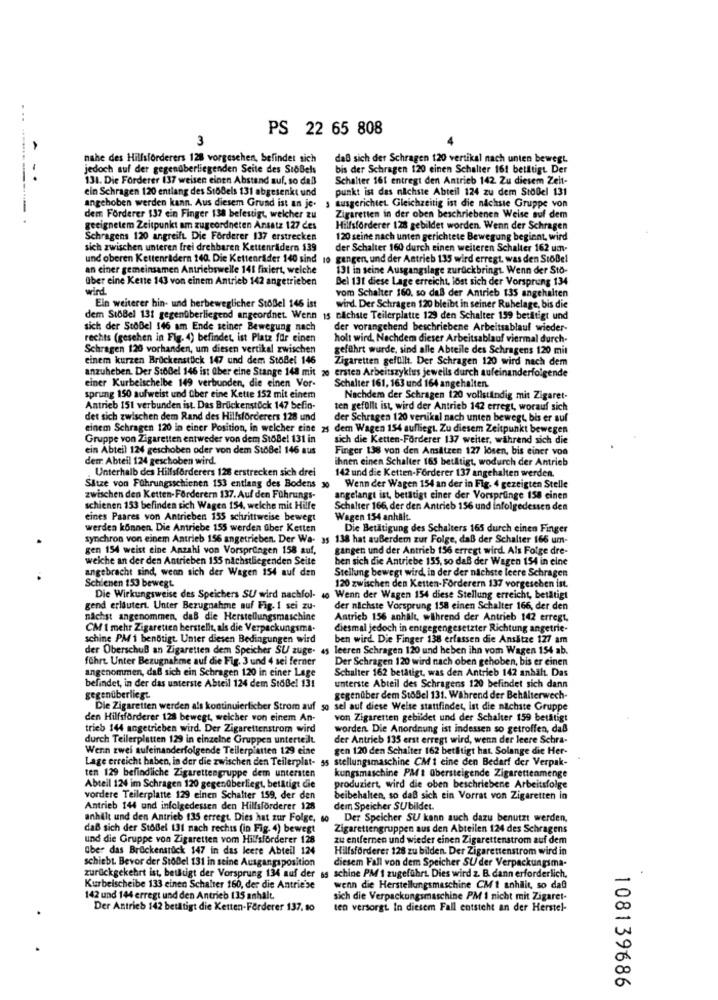
PS 22 65 808
3
nahe des Hilfsforderers 128 vorgesehen, befindet sich
daß sich der Schragen 120 vertikal nach unten bewegt.
jedoch auf der gegenüberliegenden Seite des SioBels
bis der Schragen 120 einen Schalter 161 betiltigt Der
-.
131. Die Forderer 137 weisen einen Abstand auf, so daß
Schalter 161 entregt den Antrieb 142 Zu diesem Zelt-
ein Schragen 120 entlang des StöBels 131 abgesenkt und
punkt ist das nächste Abteil 124 zu dem StöBel 131
angehoben werden kann. Aus diesem Grund ist an je.
ausgerichtet. Gleichzeitig ist die nächste Gruppe von
dem Forderer $37 ein Finger 138 befestigt, welcher zu
Zigaretten in der oben beschriebenen Weise auf dem
geeignetem Zeitpunkt am zugeordneten Ansatz 127 des
Hilfsforderer 128 gebildet worden. Wenn der Schragen
Schragens 120 angreift. Die Förderer 137 erstrecken
120 seine nach unten gerichtete Bewegung beginnt, wird
sich zwischen unteren frei drehbaren Kettenrädern $39
der Schalter 160 durch einen weiteren Schalter 162 um-
und oberen Kettenrädern 140. Die Kettenräder 140 sind 10 gangen, und der Antrieb 135 wird erregt, was den StoBel
an einer gemeinsamen Antriebswelle 141 fixiert, welche
131 in seine Ausgangslage zurückbringt. Wenn der Sto-
über eine Kette 143 von einem Antrieb 142 angetrieben
Bel 131 diese Lage erreicht, lost sich der Vorsprung 134
wird
vom Schalter 160, so daß der Antrieb 135 angehalten
Ein weiterer hin- und herbeweglicher Stoßel 146 ist
wird. Der Schragen 120 bleibt in seiner Ruhelage, bis die
dem StbBel 131 gegenüberliegend angeordnet. Wenn 15 cachste Teilerplatte 129 den Schalter 159 betätigt und
sich der StoBel 146 am Ende seiner Bewegung nach
der vorangehend beschriebene Arbeitsablauf wieder-
rechts (gesehen in Fig. 4) befindet, ist Platz für einen
holt wird, Nachdem dieser Arbeitsablauf viermal durch-
Schragen 120 vorhanden, um diesen vertikal zwischen
geführt wurde, sind alle Abteile des Schragens 120 mit
einem kurzen Brockensttick 147 und dem StoBel 146
Zigaretten gefüllt. Der Schragen 120 wird nach dem
anzuheben. Der StoBel 146 ist über eine Stange 148 mit 20 ersten Arbeitszyklus jeweils durch aufeinanderfolgende
einer Kurbelschelbe 149 verbunden, die einen Vor-
Schalter 161, 163 und 164 angehalten.
sprung 150 aufweist und über eine Kette 152 mit einem
Nachdem der Schragen 120 vollständig mit Zigaret-
Antrieb 151 verbunden ist. Das Brückenstock 147 befin-
ten gefüllt ist, wird der Antrieb 142 erregt, worauf sich
det sich zwischen dem Rand des Hillsforderers 128 und
der Schragen 120 vertikal nach unten bewegt, bis er auf
einem Schragen 120 in einer Position, in welcher eine 25
dem Wagen 154 aufliegt. Zu diesem Zeitpunkt bewegen
Gruppe von Zigaretten entweder von dem StöBel 131 in
sich die Ketten-Forderer 137 weiter, während sich die
ein Abteil 124 geschoben oder von dem StoBel 146 aus
Finger 138 von den Ansätzen 127 losen, bis einer von
dem Abteil 124 geschoben wird.
ihnen einen Schalter 165 betätigt, wodurch der Antrieb
Unterhalb des Hillsforderers 128 erstrecken sich drei
142 und die Ketten-Förderer 137 angehalten werden.
Sitze von Führungsschienen 153 entlang des Bodens 3o
Wenn der Wagen 154 an der in Fig. 4 gezeigten Stelle
zwischen den Ketten-Förderern 137. Auf den Führungs-
angelangt ist, betätigt einer der Vorsprunge 158 einen
schienen 153 befinden sich Wagen 154, welche mit Hilfe
Schalter 166, der den Antrieb 156 und infolgedessen den
eines Paares von Antrieben 155 schrittweise bewegt
Wagen 154 anhal.
werden können. Die Antriebe 155 werden über Ketten
Die Betätigung des Schalters 165 durch einen Finger
synchron von einem Antrieb 156 angetrieben. Der Wa- 35 138 hat außerdem zur Folge, daß der Schalter 166 um-
gen 154 weist eine Anzahl von Vorspringen 158 auf,
gangen und der Antrieb 156 erregt wird. Als Folge dre-
welche an der den Antrieben 155 nächstliegenden Seite
ben sich die Antriebe 155, so daß der Wagen 154 in eine
angebracht sind, wenn sich der Wagen 154 auf den
Stellung bewegt wird, in der der nächste leere Schragen
Schienen 153 bewegt.
120 zwischen den Ketten-Förderern 137 vorgesehen ist.
Die Wirkungsweise des Speichers SU wird nachfol- 4o Wenn der Wagen 154 diese Stellung erreicht, betätigt
gend erläutert. Unter Bezugnahme auf Fig. 1 sei zu-
der nächste Vorsprung 158 einen Schalter 166, der den
nächst angenommen, daß die Herstellungsmaschine
Antrich 156 anhillt, während der Antrieb 142 erregt,
CM I mehr Zigareuen herstellt, als die Verpackungsma-
diesmal jedoch in entgegengesetzter Richtung angetrie-
schine PM 1 benötigt. Unter diesen Bedingungen wird
ben wird. Die Finger 138 erfassen die Ansätze 127 am
der Oberschuß an Zigaretten dem Speicher SU zuge.
leeren Schragen 120 und heben ihn vom Wagen 154 ab.
führt. Unter Bezugnahme auf die Fig. 3 und 4 sei ferner
Der Schragen 120 wird nach oben gehoben, bis er einen
angenommen, daß sich ein Schragen 120 in einer Lage
Schalter 162 betätigt, was den Antrieb 142 anhält. Das
befindet, in der das unterste Abteil 124 dem Stoßel 131
unterste Abteil des Schragens 120 befindet sich dann
gegenüberliegt.
gegenüber dem StöBel 131. Während der Behälterwech-
Die Zigaretten werden als kontinuierlicher Strom auf
sel auf diese Weise stattfindet, ist die nächste Gruppe
den Hilfsförderer 128 bewegt, welcher von einem An-
von Zigaretten gebildet und der Schalter 159 betätigt
trieb 144 angetrieben wird. Der Zigarettenstrom wird
worden. Die Anordnung ist indessen so getroffen, daß
durch Teilerplatten 129 in einzelne Gruppen unterteilt.
der Antrieb 135 erst erregt wird, wenn der leere Schra-
Wenn zwei aufeinanderfolgende Teilerplatten 129 eine
gen 120 den Schalter 162 betätigt hat. Solange die Her-
Lage erreicht haben, in der die zwischen den Teilerplat- 55 stellungsmaschine CM 1 eine den Bedarf der Verpak-
ten 129 befindliche Zigarettengruppe dem untersten
kungsmaschine PM : übersteigende Zigarettenmenge
Abteil 124 im Schragen 120 gegenüberliegt, betätigt die
produziert, wird die oben beschriebene Arbeitsfolge
vordere Teilerplatte 129 einen Schalter 159, der den
beibehalten, so daß sich ein Vorrat von Zigaretten in
Antrieb 144 und infolgedessen den Hilfsförderer 128
dem Speicher SUbildet.
anhält und den Antrieb 135 erregt. Dies hat zur Folge, 40
Der Speicher SU kann auch dazu benutzt werden.
daß sich der Stoßel 131 nach rechts (in Fig. 4) bewegt
Zigarettengruppen aus den Abteilen 124 des Schragens
und die Gruppe von Zigaretten vom Hilfsforderer 128
zu entfernen und wieder einen Zigarettenstrom auf dem
über das Brockenstuck 147 in das leere Abteil 124
Hilfsförderer 128 zu bilden. Der Zigarettenstrom wird in
schiebt. Bevor der StoBel 131 in seine Ausgangsposition
diesem Fall von dem Speicher SU der Verpackungsma-
zurückgekehrt ist, betätigt der Vorsprung 134 auf der ss schine PM 1 zugeführt. Dies wird z. B. dann erforderlich.
Kurbelscheibe 133 einen Schalter 160, der die Antriebe
wenn die Herstellungsmaschine CM 1 anhilit, so daß
142 und 144 erregt und den Antrieb 115 anhalt,
sich die Verpackungsmaschine PM 1 nicht mit Zigaret-
Der Antrieb 142 betätigt die Ketten-Ferderer 137, 80
ten versorgt. In diesem Fall entsteht an der Herstel-
108139686